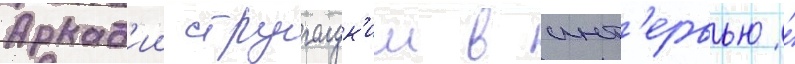
Аркад'ии стругацк'ии в инт'ервью́